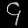
Digit: ၄